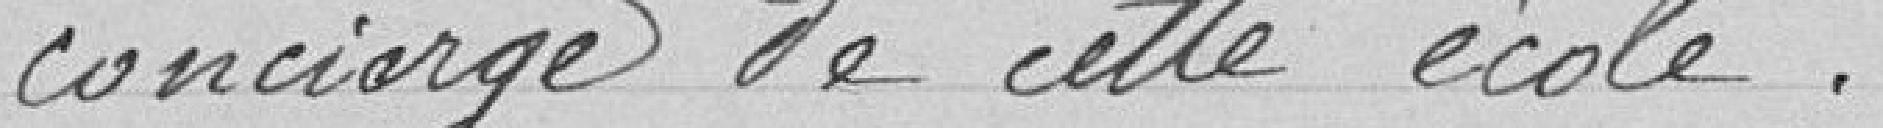
concierge de cette école.